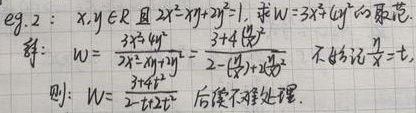
eg.2：\(x,y \in \mathbb{R}\) 且 \(2x^{2}-xy + 2y^{2}=1\)，求 \(W = 3x^{2}+4y^{2}\) 的最值.
解：\(W = \frac{3x^{2}+4y^{2}}{2x^{2}-xy + 2y^{2}}\) \( \overset{3 + 4 化开}{=}\) \( \frac{3 + 4t^{2}}{2 - t + 2t^{2}}\) 不妨设 \(\frac{y}{x}=t\)，
则：\(W = \frac{3 + 4t^{2}}{2 - t + 2t^{2}}\) 后续不难处理.